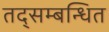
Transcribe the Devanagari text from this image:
तद्सम्बन्धित